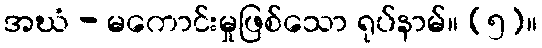
အဃံ - မကောင်းမှုဖြစ်သော ရုပ်နာမ်။ (၅)။